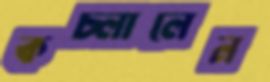
কচ্‌লালেন